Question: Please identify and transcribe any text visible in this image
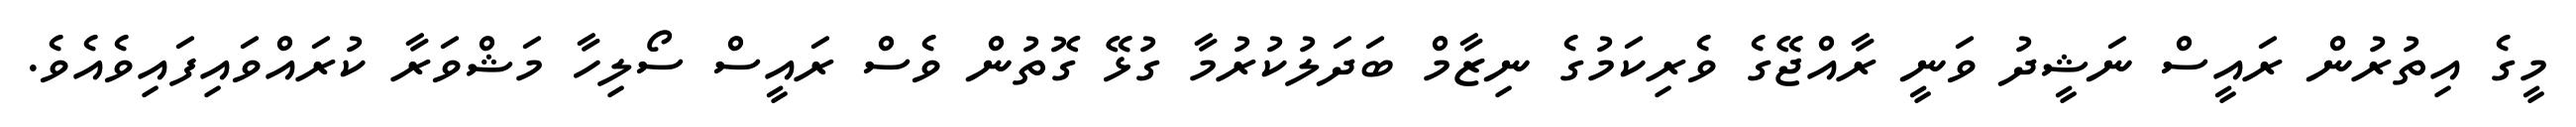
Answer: މީގެ އިތުރުން ރައީސް ނަޝީދު ވަނީ ރާއްޖޭގެ ވެރިކަމުގެ ނިޒާމް ބަދަލުކުރުމާ ގުޅޭ ގޮތުން ވެސް ރައީސް ސޯލިހާ މަޝްވަރާ ކުރައްވައިފައިވެއެވެ.